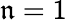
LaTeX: \mathfrak{n}=1